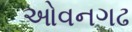
ઓવનગઢ